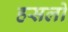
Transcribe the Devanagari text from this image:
हसलो